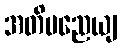
အတိမညေယျ